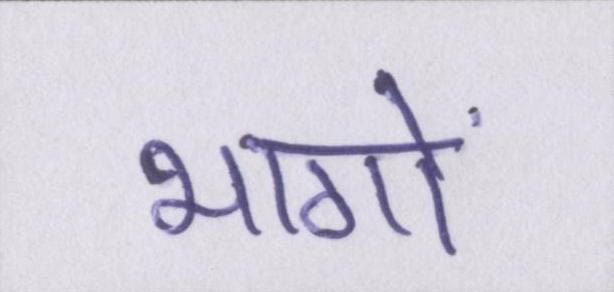
भागों